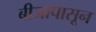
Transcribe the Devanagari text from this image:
बीजापासून